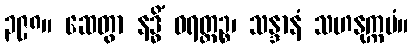
၃၉၈။ ဆေတွာ နဒ္ဓိံ ဝရတ္တဉ္စ၊ သန္ဒာနံ သဟနုက္ကမံ။